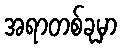
အရာတစ်ခုမှာ